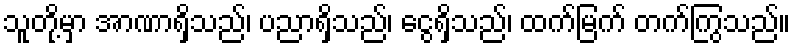
သူတို့မှာ အာဏာရှိသည်၊ ပညာရှိသည်၊ ငွေရှိသည်၊ ထက်မြက် တက်ကြွသည်။